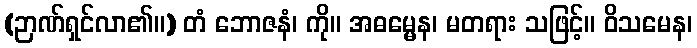
(ဉာဏ်ရှင်လာ၏။) တံ ဘောဇနံ၊ ကို။ အဓမ္မေန၊ မတရား သဖြင့်။ ဝိသမေန၊